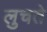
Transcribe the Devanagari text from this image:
लुचते